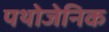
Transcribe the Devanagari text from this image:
पथोजेनिक